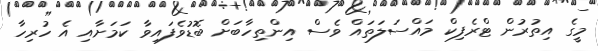
މީގެ އިތުރުން ޓްރެފިކް މައްސަލަތައް ވެސް އިންތިހާބަށް ބޮޑުވެފައިވާ ކަމަށާއި އެ ހުރިހާ